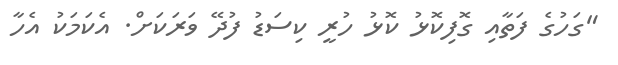
"ގަހުގެ ފަތާއި ގޮފިކޮޅު ކޮޅު ހުރީ ކިސަޑު ފުދޭ ވަރަކަށް. އެކަމަކު އެހާ